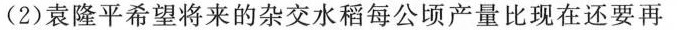
)(2)袁隆平希望将来的杂交水稻每公顷产量比现在还要再